Alatskivi_vallavalitsus_et, lk 84
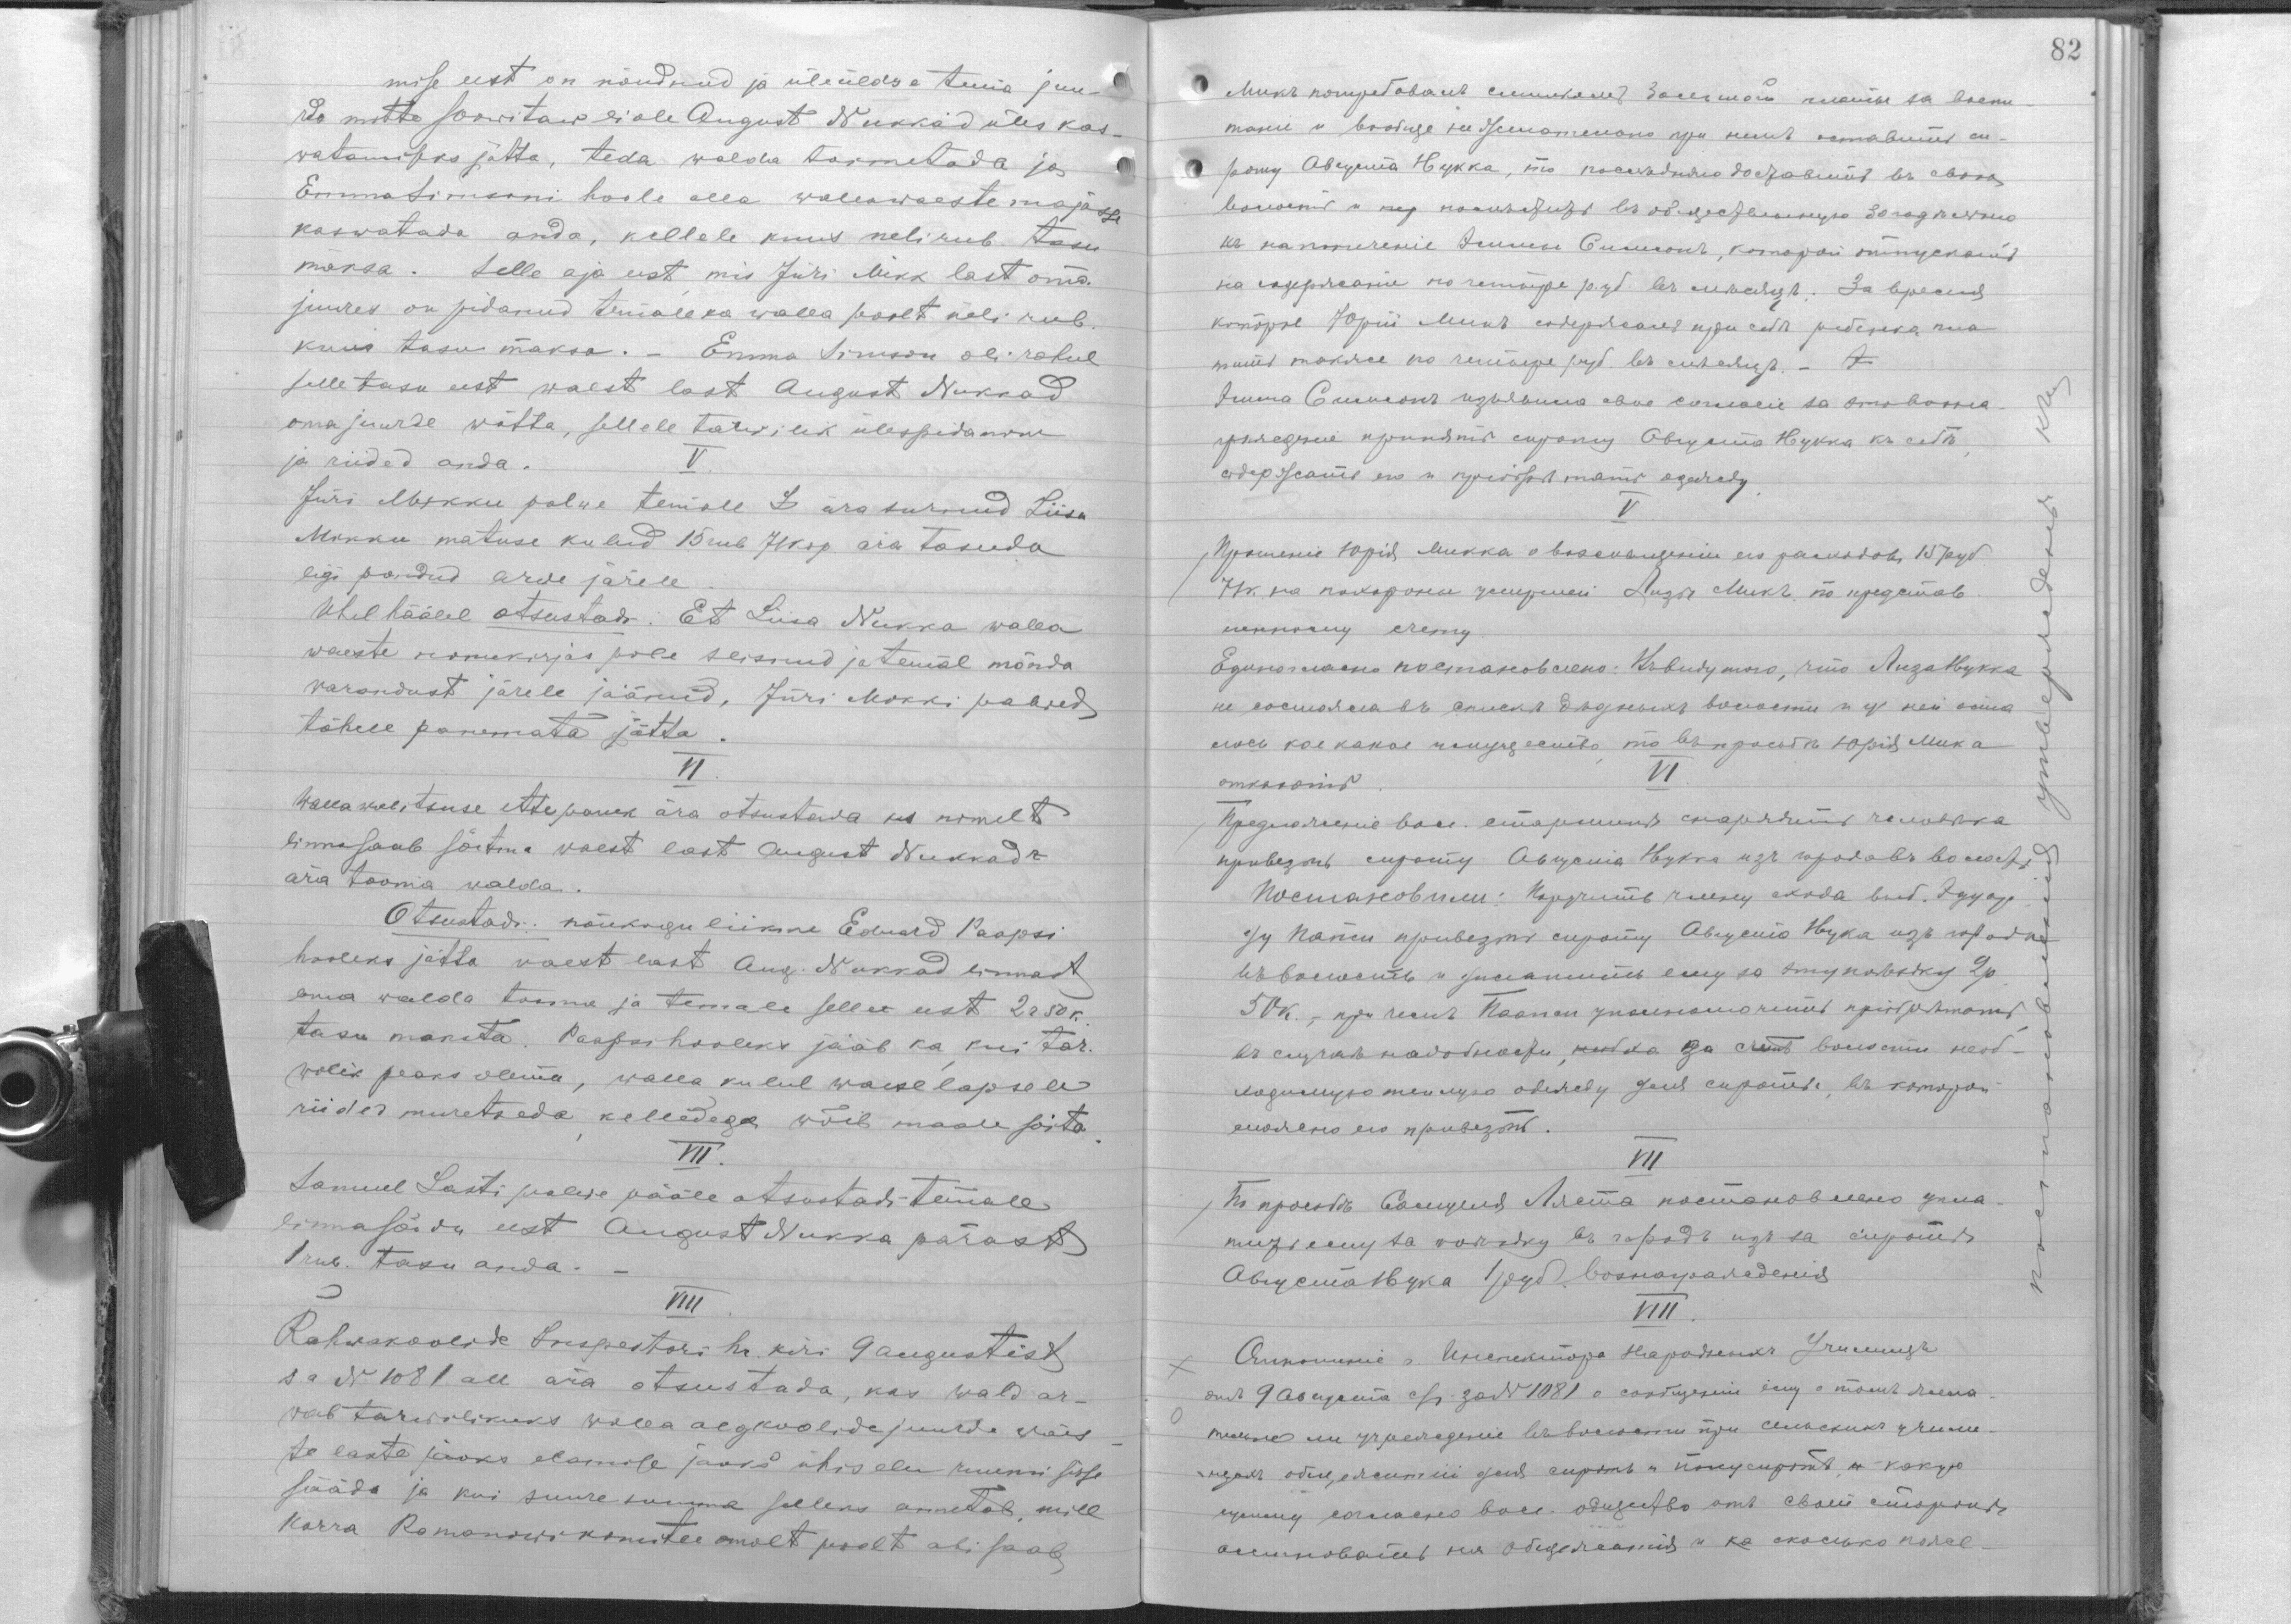
mise eest on nõudnud ja üleüldse tema juu-
rde mitte soowitav ei ole August Nukkad üles kas-
watamiseks jätta, teda walda toimetada ja
Emma Simsoni hoole alla wallawaeste majasse
kaswatada anda, kellele kuus neli rub tasu
maksa. Selle aja eest, mis Jüri Mikk last oma
juures on pidanud temale walla poolt neli rub.
kuus tasu maksta. - Emma Simson oli rahul
selle tasu eest waest last August Nukkad
oma juurde wõtta, sellele tarwilik ülespidamine
ja riided anda.
V.
Jüri Mikku palwe temale L ära surnud Liisa
Mikku matuse kulud 15 rub 71 kop. ära tasuda
ligi pandud arwe järele.
Ühelhäälel otsustadi: et Liisa Nukka walla
waeste nimekirjas pole seisnud ja temal mõnda
warandust järele jäänud, Jüri Mikki palwed
tähele panemata jätta.
VI.
Wallawalitsuse ettepanek ära otsustada kes nimelt
linna saab sõitma waest last August Nukkad r
ära tooma walda.
Otsustadi: nõukogu liikme Eduard Paapsi
hooleks jätta waest last Aug. Nukkad linnast
oma walda tooma ja temale selle eest 2 r 50 k.
tasu maksta. Paapsi hooleks jääb ka kui tar-
wilik peaks olema, walla kulul waeselapsele
riided muretseda, kelledega wõib maale sõita.
VII.
Samuel Lasti palwe pääle otsustadi temale
linnasõidu eest August Nukka pärast
1 rub tasu anda. -
VIII
Rahwakoolide Inspektori hr. kiri 9 augustist
s a N 1081 all ära otsustada, kas wald ar-
wab tarwilikuks walla algkoolide juurde waes-
te laste jaoks elamise jaoks ühiselu ruumi sisse
sääda ja kui suure summa selleks annetab, mill
korra Romanowi komitee omalt poolt abi saab